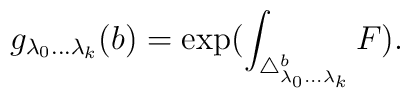
g_{\lambda _0 ...\lambda _k}(b)=\exp ( \int _{\triangle _{\lambda _0 ...\lambda _k}^b}F).